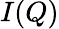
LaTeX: I(Q)